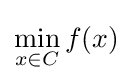
\min _{x\in C}f(x)